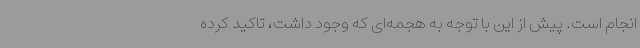
انجام است. پیش از این با توجه به هجمه‌ای که وجود داشت، تاکید کرده